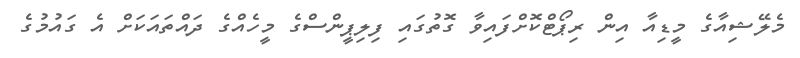
މެލޭޝިއާގެ މީޑިއާ އިން ރިޕޯޓްކޮށްފައިވާ ގޮތުގައި ފިލިޕީންސްގެ މީހެއްގެ ދައްތައަކަށް އެ ގައުމުގެ